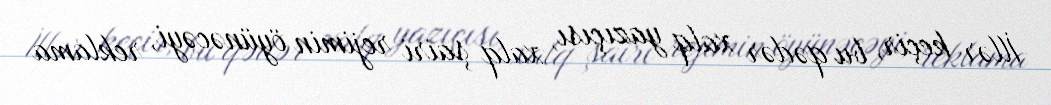
İllər keçir, bu qədər xalq yazıçısı, xalq şairi rejimin öyünəcəyi, reklama